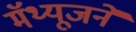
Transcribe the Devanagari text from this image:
मॅथ्यूजने